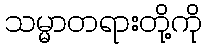
သမ္မာတရားတို့ကို